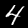
Label: 4